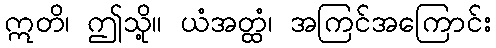
ဣတိ၊ ဤသို့။ ယံအတ္ထံ၊ အကြင်အကြောင်း